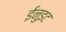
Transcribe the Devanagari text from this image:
ईनुइट